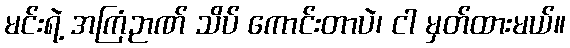
မင်းရဲ့ အကြံဉာဏ် သိပ် ကောင်းတာပဲ၊ ငါ မှတ်ထားမယ်။